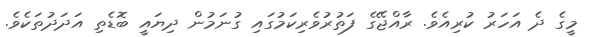
މީގެ ދެ އަހަރު ކުރިއެވެ. ރާއްޖޭގެ ފަތުރުވެރިކަމުގައި ގުނަމުން ދިޔައީ ބޮޑެތި އަދަދުތަކެވެ.